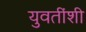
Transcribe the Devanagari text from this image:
युवतींशी